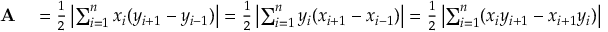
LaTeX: \begin{array} { r l } { \mathbf { A } } & { { } = { \frac { 1 } { 2 } } \left| \sum _ { i = 1 } ^ { n } x _ { i } ( y _ { i + 1 } - y _ { i - 1 } ) \right| = { \frac { 1 } { 2 } } \left| \sum _ { i = 1 } ^ { n } y _ { i } ( x _ { i + 1 } - x _ { i - 1 } ) \right| = { \frac { 1 } { 2 } } \left| \sum _ { i = 1 } ^ { n } ( x _ { i } y _ { i + 1 } - x _ { i + 1 } y _ { i } ) \right| } \end{array}